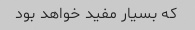
که بسیار مفید خواهد بود